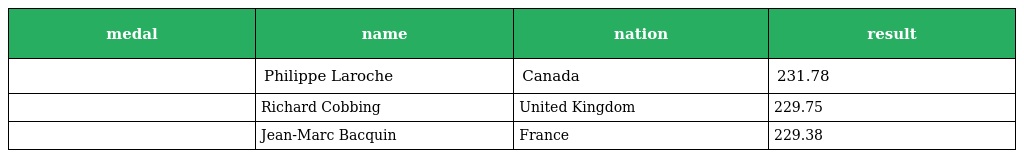
| medal | name | nation | result |
 | --- | --- | --- | --- |
 |  | Philippe Laroche | Canada | 231.78 |
 |  | Richard Cobbing | United Kingdom | 229.75 |
 |  | Jean-Marc Bacquin | France | 229.38 |